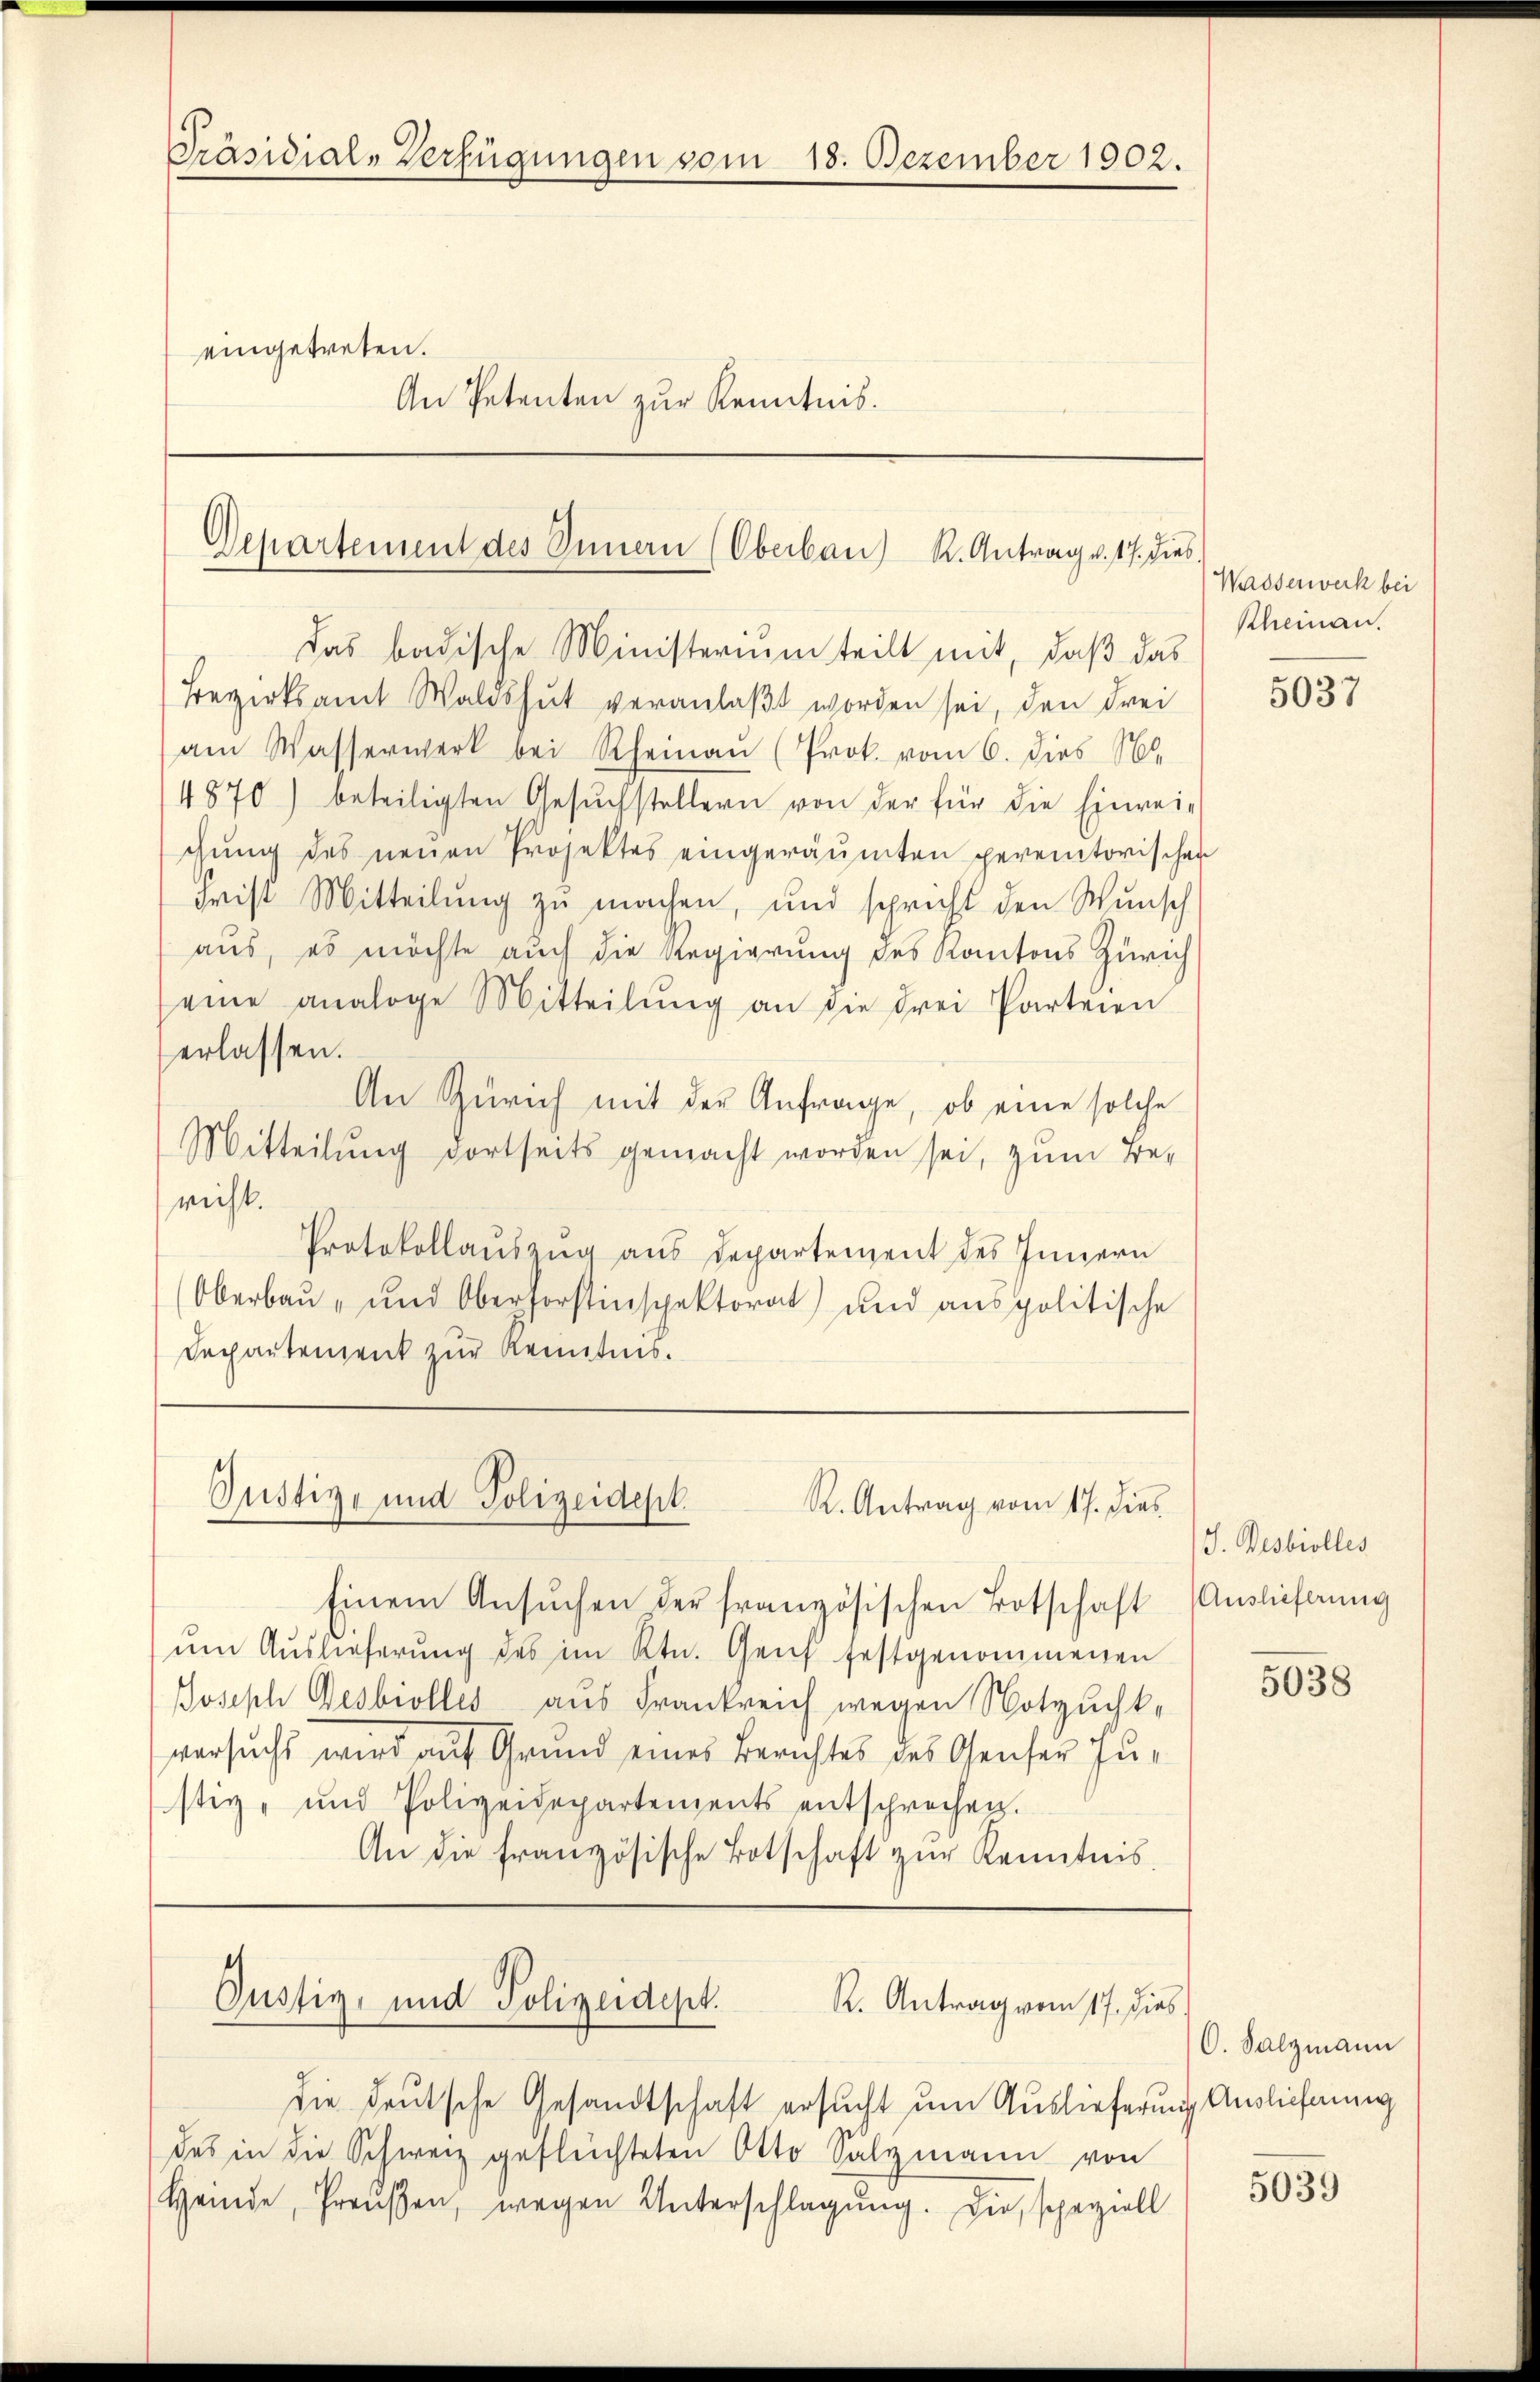
Präsidial-Verfügungen vom 18. Dezember 1902.

eingetreten.
An Petenten zur Kenntnis.

Departement des Innern (Oberbau, K. Antrag v. 17. dies

das badische Ministerium teilt mit, daß das
Bezirksamt Waldshut veranlaßt worden sei, den drei
am Wasserwerk bei Rheinau (Prok. vom 6. dies N.
4870) beteiligten Gesŭchstellern von der für die Einrei-
chung des neuen Projektes eingeräumten peremtorischen
Frist Mitteilung zu machen, und spricht den Wunsch
aus, es möchte auch die Regierung des Kantons Zürich
eine analoge Mitteilŭng an die drei Parteien
erlassen.
An Zürich mit der Anfrage, ob eine solche
Mitteilung dortseits gemacht worden sei, zum Bericht.
Protokollaŭszŭg aŭs Departement des Innern
Oberbau- und Oberforstinspektorat und aus politische
Departement zur Kenntnis.

Justiz- und Polizeidept.
R. Antrag vom 17. dies

Einem Ansŭchen der französischen Botschaft Auslieferung
ŭm Aŭslieferŭng des im Ktn. Genf festgenommenen
Joseph Desbiolles aus Frankreich wegen Notzuchtversuchs wird auf Grund eines Berichtes des Genser Justiz- und Polizeidepartements entschrechen.
An die französische Botschaft zŭr Kenntnis

Justiz- und Polizeidept.

R. Antrag vom 17. dies

die deutsche Gesandtschaft ersucht um Auslieferung Auslieferung
des in die Schweiz gefleichteten Otto Salzmann von
Heinde, Preußen, wegen Unterschlagung. Die speziell

Wasserwerk bei
Rheinau.

5037

S. Desbiolles

5038

O. Salzmann

5039